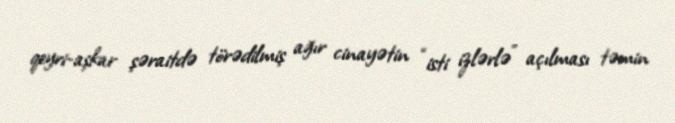
qeyri-aşkar şəraitdə törədilmiş ağır cinayətin “isti izlərlə” açılması təmin